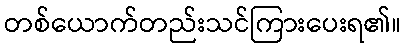
တစ်ယောက်တည်းသင်ကြားပေးရ၏။